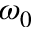
\omega _ { 0 }